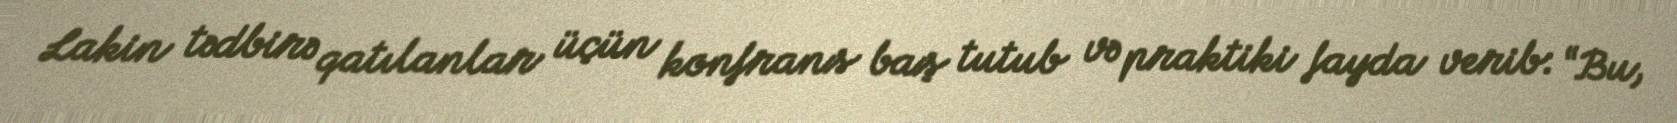
Lakin tədbirə qatılanlar üçün konfrans baş tutub və praktiki fayda verib: “Bu,